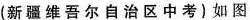
(新疆维吾尔自治区中考)如图